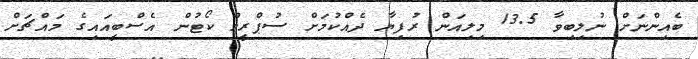
ބެއިންނަށް ނުލިބިވާ 13.5 މިލިއަން ރުފިޔާ ދެއްކުމަށް ސުޕްރީމް ކޯޓުން އެސްބީއައިގެ މައްޗަށް